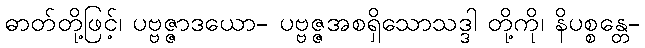
ဓာတ်တို့ဖြင့်၊ ပဗ္ဗဇ္ဇာဒယော- ပဗ္ဗဇ္ဇအစရှိသောသဒ္ဒါ တို့ကို၊ နိပစ္စန္တေ-